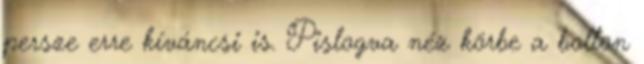
persze erre kíváncsi is. Pislogva néz körbe a bolton